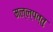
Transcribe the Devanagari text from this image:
मल्ल्पत्तु